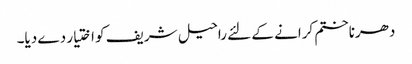
دھرناختم کرانے کے لئے راحیل شریف کو اختیار دے دیا۔